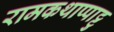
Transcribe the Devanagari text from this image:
रामकथाप्पाट्टु